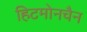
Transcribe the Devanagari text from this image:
हिटमोनचैन